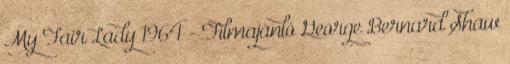
My Fair Lady 1964 - Filmajánló George Bernard Shaw